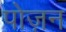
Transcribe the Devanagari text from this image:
पोज़न